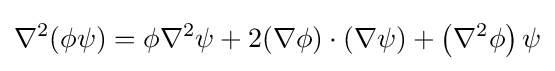
\nabla ^{2}(\phi \psi )=\phi \nabla ^{2}\psi +2(\nabla \phi )\cdot (\nabla \psi )+\left(\nabla ^{2}\phi \right)\psi